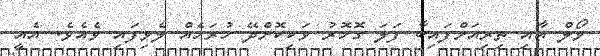
ވޯލް އާއި ތިރިއަށްފައިބާ ފަލަ ގޮހޮރު ވަކިކޮށްދޭ ހުރަހެއް ލެވިފައި ވެއެވެ. އެއީ